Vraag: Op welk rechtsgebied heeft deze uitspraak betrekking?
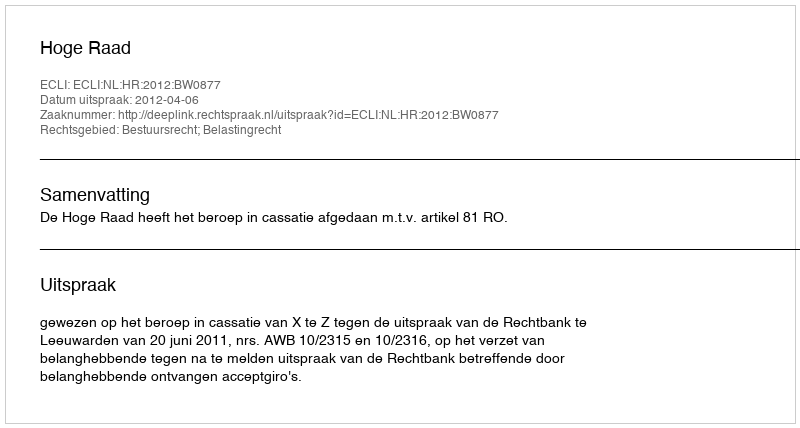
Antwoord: Bestuursrecht; Belastingrecht